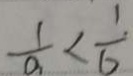
\frac { 1 } { a } < \frac { 1 } { b }